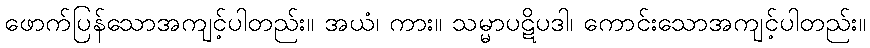
ဖောက်ပြန်သောအကျင့်ပါတည်း။ အယံ၊ ကား။ သမ္မာပဋိပဒါ၊ ကောင်းသောအကျင့်ပါတည်း။